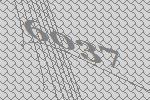
6037